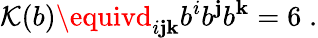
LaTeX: {\cal{K}}(b)\equivd_{i\mathbf{j}\mathbf{k}}b^{i}b^{\mathbf{j}}b^{\mathbf{k}}=6\; .